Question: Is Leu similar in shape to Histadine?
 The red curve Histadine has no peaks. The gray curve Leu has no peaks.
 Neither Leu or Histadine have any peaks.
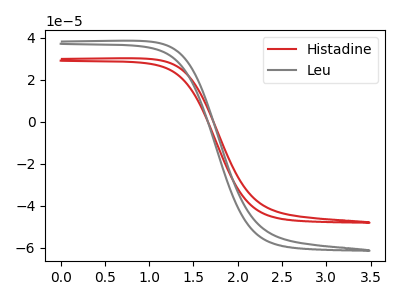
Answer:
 <answer>"Leu" and "Histadine" are similar in shape.</answer>
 <eval>same_shape</eval>